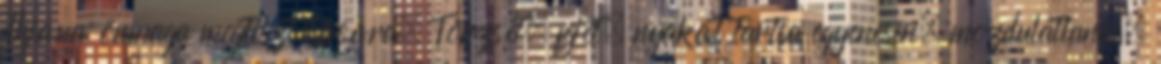
dhjána önmaga megtisztítására. Törzsét, fejét, nyakát tartsa egyenesen, mozdulatlanul,